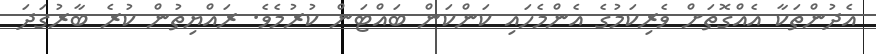
އެދުންތަކާ އެއްގޮތަށް ވެރިކަމުގެ އެންމެހައި ކަންކަން ބައްޓަން ކުރުމެވެ. ރައްޔިތުން ކުރެ ބާރުގަދަ